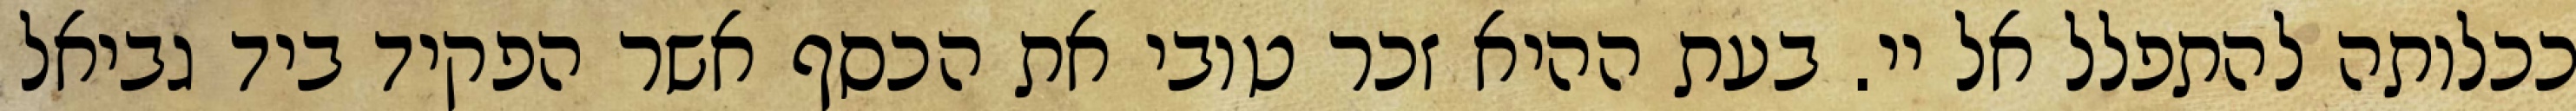
ככלותה להתפלל אל יי. בעת ההיא זכר טובי את הכסף אשר הפקיד ביד גביאל